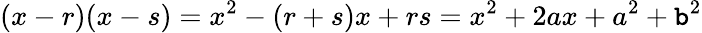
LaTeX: (x-r)(x-s)=x^{2}-(r+s)x+rs=x^{2}+2ax+a^{2}+\mathtt{b}^{2}